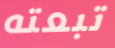
تبعته